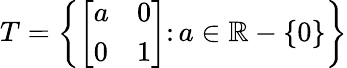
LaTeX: T=\left\{ {\left[\begin{array}{ll}{a}&{0}\\ {0}&{1}\end{array}\right]}\colon a\in\mathbb{R}-\{ 0\} \right\}